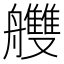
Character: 艭